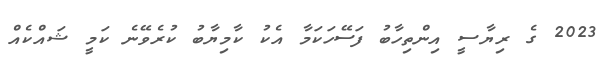
2023 ގެ ރިޔާސީ އިންތިހާބު ފަސޭހަކަމާ އެކު ކާމިޔާބު ކުރެވޭނެ ކަމީ ޝައްކެއް